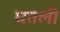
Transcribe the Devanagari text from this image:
घतली